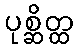
ပုစ္ဆိတ္ထ